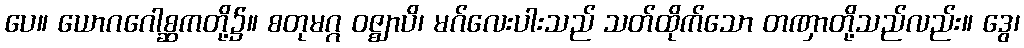
ပေ။ ယောဂဂေါစ္ဆကတို့၌။ စတုမဂ္ဂ ဝဇ္ဈာပိ၊ မဂ်လေးပါးသည် သတ်ထိုက်သော တဏှာတို့သည်လည်း။ ဒွေ၊